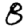
Digit: 8